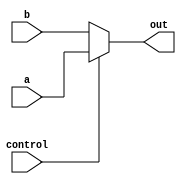
module mux(a, b, control, out); //32 Bit Mux

input [31:0]a, b;
input control;
output [31:0]out;

reg [31:0]outcp;

always @(control,a,b)
begin

	if (control == 1) begin
		outcp = a;
	end
	else begin
		outcp = b;
	end

end

assign out = outcp;

endmodule